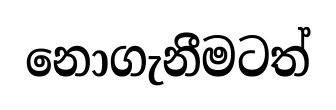
නොගැනීමටත්